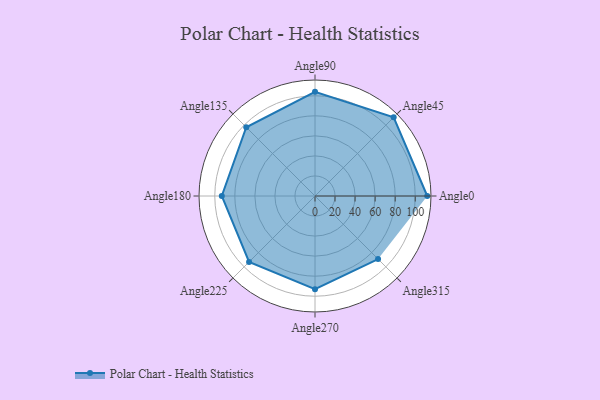
{"axis": {"x": "Angle", "y": "Radius"}, "legend": [""], "data": [{"x": "Angle0", "y": 112.0, "type": ""}, {"x": "Angle45", "y": 111.0, "type": ""}, {"x": "Angle90", "y": 104.0, "type": ""}, {"x": "Angle135", "y": 97.0, "type": ""}, {"x": "Angle180", "y": 93.0, "type": ""}, {"x": "Angle225", "y": 93.0, "type": ""}, {"x": "Angle270", "y": 93.0, "type": ""}, {"x": "Angle315", "y": 89.0, "type": ""}]}